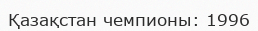
Қазақстан чемпионы: 1996